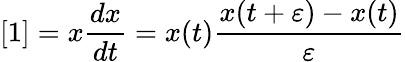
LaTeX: [1]=x{\frac{dx}{dt}}=x(t){\frac{x(t+\varepsilon)-x(t)}{\varepsilon}}